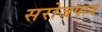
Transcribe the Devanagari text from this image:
सरोजपाद